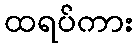
ထရပ်ကား